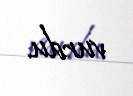
vurdu.